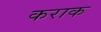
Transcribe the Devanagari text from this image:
कराक